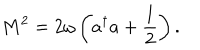
M ^ { 2 } = 2 \omega \left( a ^ { \dagger } a + \frac { 1 } { 2 } \right) .